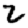
Digit: 2